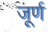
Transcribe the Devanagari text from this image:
जूर्ण